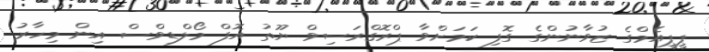
ޕީޕީއެމްގެ ޒުވާނުންގެ ގޮފި ކަމަށްވާ ޕްރޮގްރަސިވް ޔޫތު އޮފް މޯލްޑިވްސް އިން މިހާރު